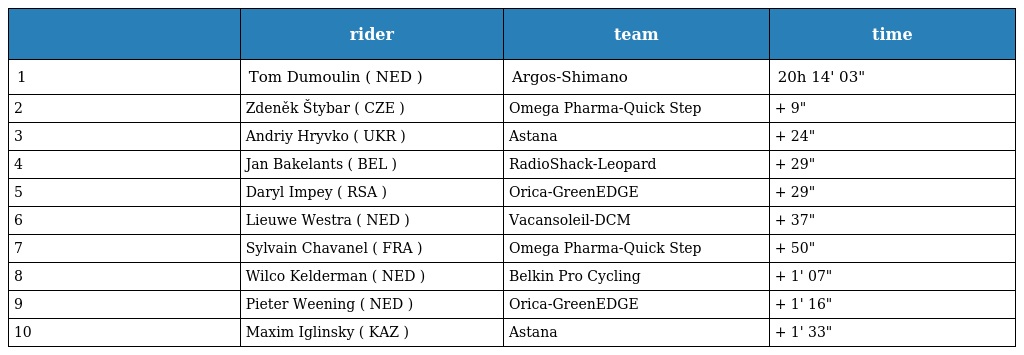
|  | rider | team | time |
 | --- | --- | --- | --- |
 | 1 | Tom Dumoulin ( NED ) | Argos-Shimano | 20h 14' 03" |
 | 2 | Zdeněk Štybar ( CZE ) | Omega Pharma-Quick Step | + 9" |
 | 3 | Andriy Hryvko ( UKR ) | Astana | + 24" |
 | 4 | Jan Bakelants ( BEL ) | RadioShack-Leopard | + 29" |
 | 5 | Daryl Impey ( RSA ) | Orica-GreenEDGE | + 29" |
 | 6 | Lieuwe Westra ( NED ) | Vacansoleil-DCM | + 37" |
 | 7 | Sylvain Chavanel ( FRA ) | Omega Pharma-Quick Step | + 50" |
 | 8 | Wilco Kelderman ( NED ) | Belkin Pro Cycling | + 1' 07" |
 | 9 | Pieter Weening ( NED ) | Orica-GreenEDGE | + 1' 16" |
 | 10 | Maxim Iglinsky ( KAZ ) | Astana | + 1' 33" |